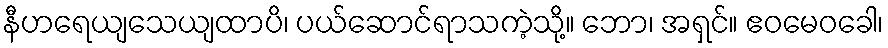
နီဟရေယျသေယျထာပိ၊ ပယ်ဆောင်ရာသကဲ့သို့။ ဘော၊ အရှင်။ ဧဝမေဝခေါ၊